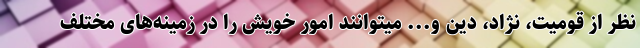
نظر از قومیت، نژاد، دین و... میتوانند امور خویش را در زمینه‌های مختلف